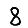
Digit: 8